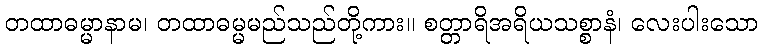
တထာဓမ္မာနာမ၊ တထာဓမ္မမည်သည်တို့ကား။ စတ္တာရိအရိယသစ္စာနံ၊ လေးပါးသော